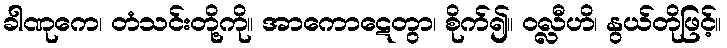
ခါဏုကေ၊ တံသင်းတို့ကို။ အာကောဋေတွာ၊ စိုက်၍။ ဝလ္လီဟိ၊ နွယ်တိုဖြင့်။